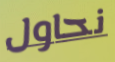
نحاول